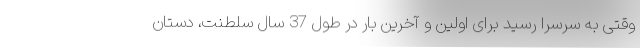
وقتی به سرسرا رسید برای اولین و آخرین بار در طول 37 سال سلطنت، دستان